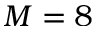
M = 8